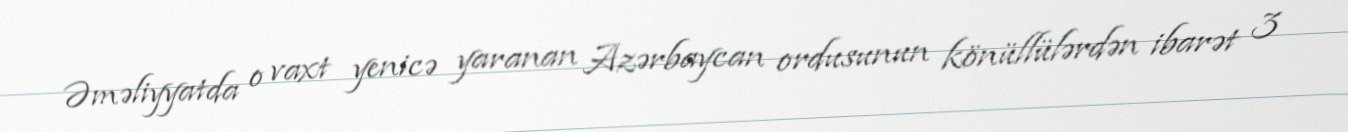
Əməliyyatda o vaxt yenicə yaranan Azərbaycan ordusunun könüllülərdən ibarət 3